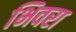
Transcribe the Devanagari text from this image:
भिवरा